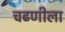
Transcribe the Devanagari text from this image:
चढणीला